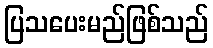
ပြသပေးမည်ဖြစ်သည်